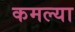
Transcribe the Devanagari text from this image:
कमल्या